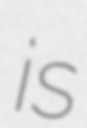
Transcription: is